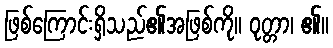
ဖြစ်ကြောင်းရှိသည်၏အဖြစ်ကို။ ဝုတ္တာ၊ ၏။